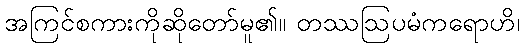
အကြင်စကားကိုဆိုတော်မူ၏။ တဿဩပမံကရောဟိ၊